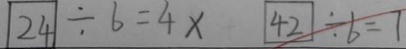
2 4 \div 6 = 4 x 4 2 \div b = 7